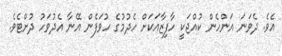
އެވެ. ދެވަނަ އަންހެން ކުއްޖަކީ ހާފިޒާއަކަށް ހެދުމުގެ ހުވަފެން އޭނާ އެދުވަހު ދުށްޓެވެ.